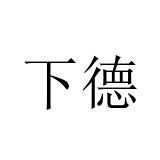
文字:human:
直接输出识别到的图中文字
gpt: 下德